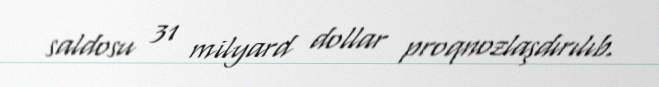
saldosu 31 milyard dollar proqnozlaşdırılıb.